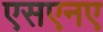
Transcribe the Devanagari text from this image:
एसएनए